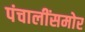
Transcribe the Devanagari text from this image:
पंचालींसमोर